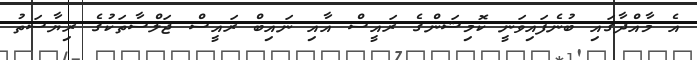
އެ މާއްދާގައި ބުނެފައިވަނީ ކޮމިޝަންގެ ރައީސް އާއި ނައިބް ރައީސް ޖަލްސާތަކުގެ ރިޔާސަތު